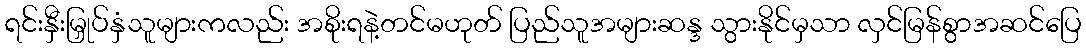
ရင်းနှီးမြှုပ်နှံသူများကလည်း အစိုးရနဲ့တင်မဟုတ် ပြည်သူအများဆန္ဒ သွားနိုင်မှသာ လှင်မြန်စွာအဆင်ပြေ